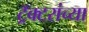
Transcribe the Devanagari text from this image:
ट्रॅक्टरांच्या